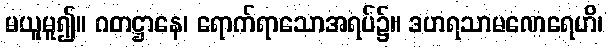
မယူမူ၍။ ဂတဋ္ဌာနေ၊ ရောက်ရာသောအရပ်၌။ ဒဟရသာမဏေရေဟိ၊